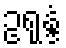
ဥရုန္ဒံ